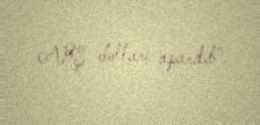
ABŞ dolları aparılıb”.